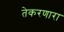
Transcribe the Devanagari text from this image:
तेकरणारा